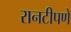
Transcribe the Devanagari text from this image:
रानटीपणे